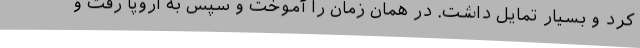
کرد و بسیار تمایل داشت. در همان زمان را آموخت و سپس به اروپا رفت و